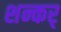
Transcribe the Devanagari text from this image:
शन्कर्